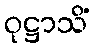
ဝုဋ္ဌာသိံ